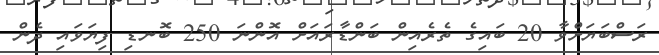
ރަސްބަޔަށްވާ 20 ބައިގެ ތެރެއިން ބަންޑާރައަށް އޮންނަ 250 ބޮނޑި ފިޔަވައި ދެން